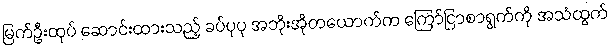
မြက်ဦးထုပ် ဆောင်းထားသည့် ခပ်ပုပု အဘိုးအိုတယောက်က ကြော်ငြာစာရွက်ကို အသံထွက်